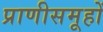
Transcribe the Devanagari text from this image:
प्राणीसमूहों